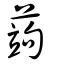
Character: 蒟